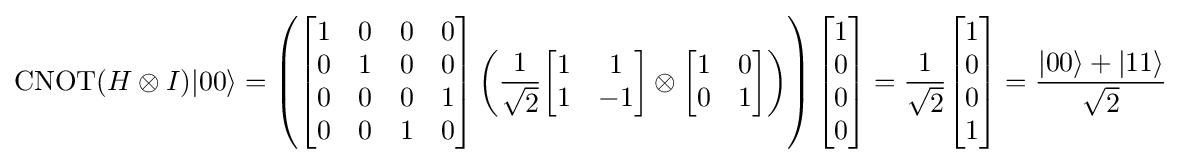
\operatorname {CNOT} (H\otimes I)|00\rangle =\left({\begin{bmatrix}1&0&0&0\\0&1&0&0\\0&0&0&1\\0&0&1&0\end{bmatrix}}\left({\frac {1}{\sqrt {2}}}{\begin{bmatrix}1&1\\1&-1\end{bmatrix}}\otimes {\begin{bmatrix}1&0\\0&1\end{bmatrix}}\right)\right){\begin{bmatrix}1\\0\\0\\0\end{bmatrix}}={\frac {1}{\sqrt {2}}}{\begin{bmatrix}1\\0\\0\\1\end{bmatrix}}={\frac {|00\rangle +|11\rangle }{\sqrt {2}}}